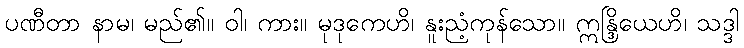
ပဏီတာ နာမ၊ မည်၏။ ဝါ၊ ကား။ မုဒုကေဟိ၊ နူးညံ့ကုန်သော။ ဣန္ဒြိယေဟိ၊ သဒ္ဒါ